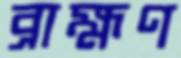
ব্রাহ্মণ